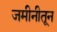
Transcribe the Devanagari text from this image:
जमीनीतून